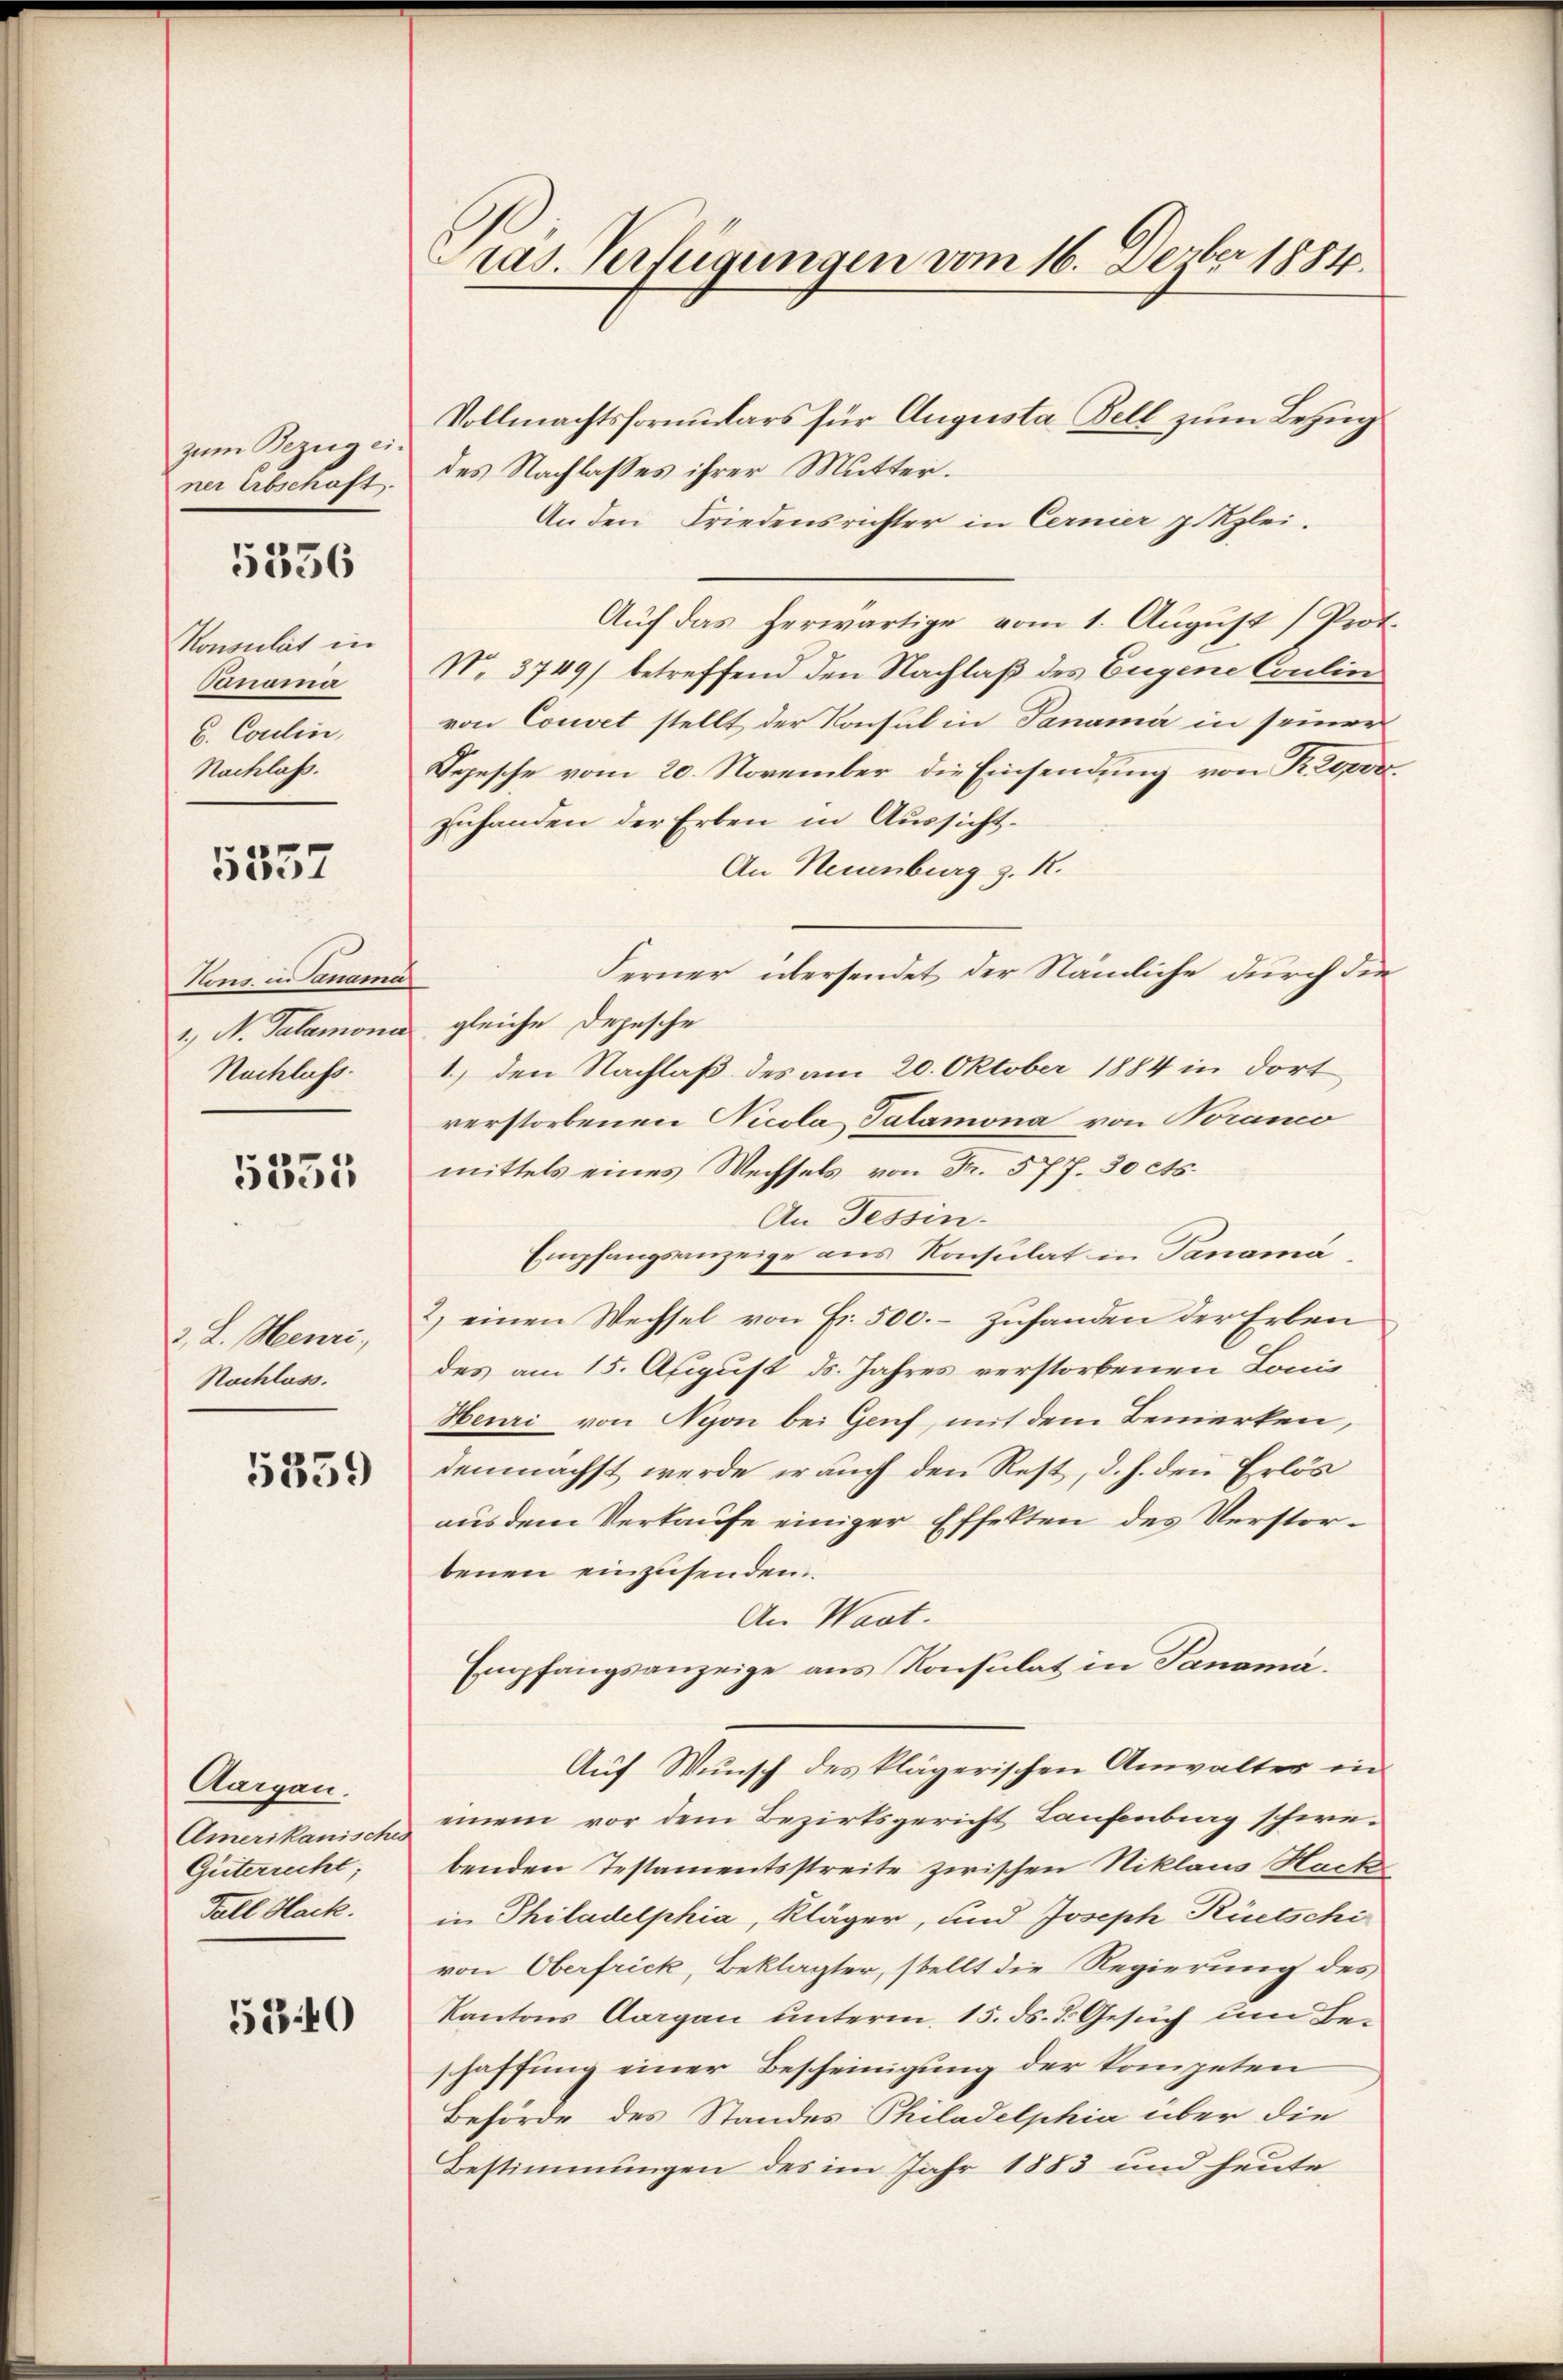
zum Bezug einer Erbschaft.

5336

Konsulat in
Panoma
b. Coulin,
Nachlaß.

5357

lns. in Danama
1., N. Talamoni
Nachlass.

5351

2. L. Meuri,
Nachlass.

5359

Aargau.
Amerikanisches
Güterrecht,
Fall Hack.

530

ras. Verfügungen vom 16. Dezbr 1884.

Vollmachtsformulars für Augusta Fell zum Bezug
des Nachlasses ihrer Mutter.
An den Friedensrichter in Cernier p Kzlei.
Auf das herwärtige vom 1. August (Prot.
N. 3749) betreffend den Nachlaß des Eugene Coulin
von Couvet stellt der Konsul in Tanama in seiner
Depesche vom 20. November die Einsendung von Propozuhanden der Erben in Aussicht¬
An Neuenburg z. R.
Ferner übersendet der Nämliche durch die
e
gleiche Depesche
1.) den Nachlaß des am 20. Oktober 1884 in dort
verstorbenen Nicola Talamona von Noranco
mittels eines Wechsels von Fr. 577. 30 cts.
An Tessin-
Empfangsanzeige aus Konsulat in Panama
2) einen Wechsel von Fr. 500.- zufanden der Erben
des am 15. August ds. Jahres verstorbenen Lonis
Heuri von Nyon bei Genf, mit dem Bemerken,
demnächst werde er auch den Rest, d. h. den Erlös
aus dem Verkaufe einiger Effekten des Verstorbenen einzusenden.
An Waat.
Empfangsanzeige aus Konsulat in Panoma.
Auf Wunsch des klägerischen Anwalter in
einem vor dem Bezirksgericht Laufenberg schie-
benden Testamentsstreite zwischen Niklaus Hacke
in Philadelphia, Kläger, und Joseph Rietschi
von Oberfrick, Beklagter, stellt die Regierung des
Kantons Aargau unterm 15. ds. d. Gesuch um Beschaffung einer Bescheinigung der kompeten
Behörde des Standes Philadelphia über die
Bestimmungen des im Jahr 1883 und heute